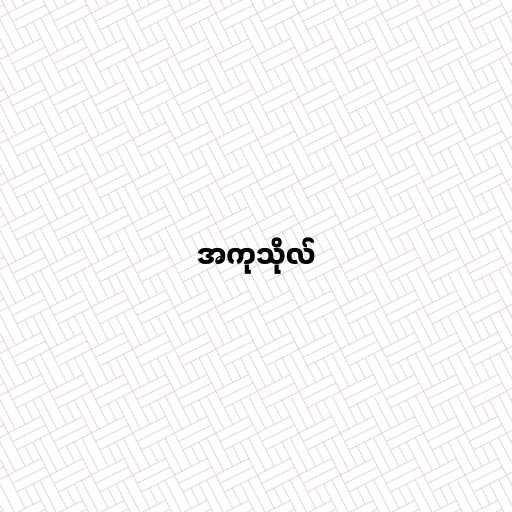
အကုသိုလ်